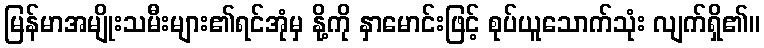
မြန်မာအမျိုးသမီးများ၏ရင်အုံမှ နို့ကို နှာမောင်းဖြင့် စုပ်ယူသောက်သုံး လျက်ရှိ၏။